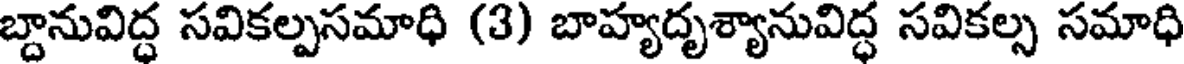
బ్దానువిద్ధ సవికల్పసమాధి (3) బాహ్యదృశ్యానువిద్ధ సవికల్స సమాధి